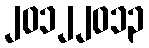
၂၀၁၂၂၀၁၃